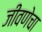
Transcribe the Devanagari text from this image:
जीवणेचा